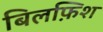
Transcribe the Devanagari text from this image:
बिलफ़िश